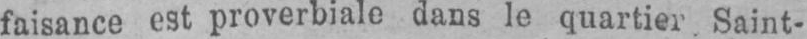
faisance est proverbiale dans le quartier. Saint-